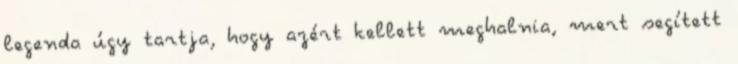
legenda úgy tartja, hogy azért kellett meghalnia, mert segített